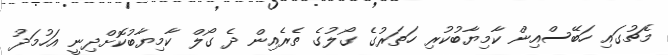
މެޗުގައި ހަބޭސްއިން ކާމިޔާބުކުރި ހަތަރުގެ ގޯލުގެ ތެރެއިން ދެ ގޯލް ކާމިޔާބުކޮށްދިނީ އަހުމަދު